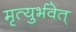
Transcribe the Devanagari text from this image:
मृत्युर्भवेत्